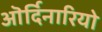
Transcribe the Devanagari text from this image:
ऒर्दिनारियो